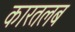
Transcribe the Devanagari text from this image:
कारतलब